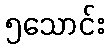
၅သောင်း